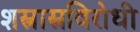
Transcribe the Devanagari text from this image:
शस्त्रास्त्रविरोधी